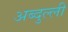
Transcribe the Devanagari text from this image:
अब्दुल्ली